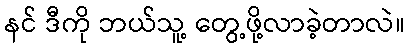
နင် ဒီကို ဘယ်သူ့ တွေ့ဖို့လာခဲ့တာလဲ။